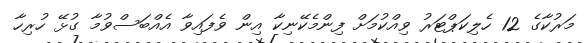
މަރުކާގެ 12 ހެލިކަޕްޓަރު ވިއްކުމަށް ފިންމެކޭނިކާ އިން ވެފައިވާ އެއްބަސްވުމާ ގުޅޭ ހުރިހާ